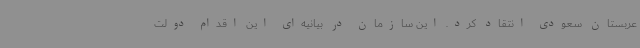
عربستان سعودی انتقاد کرد. این سازمان در بیانیه‌ای این اقدام دولت